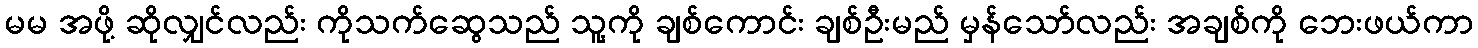
မမ အဖို့ ဆိုလျှင်လည်း ကိုသက်ဆွေသည် သူ့ကို ချစ်ကောင်း ချစ်ဦးမည် မှန်သော်လည်း အချစ်ကို ဘေးဖယ်ကာ